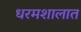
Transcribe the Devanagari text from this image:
धरमशालात